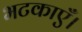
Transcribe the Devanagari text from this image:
भटकाएँ।